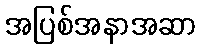
အပြစ်အနာအဆာ